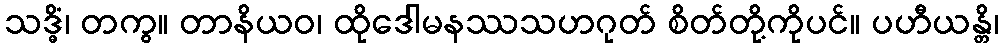
သဒ္ဓိံ၊ တကွ။ တာနိယဝ၊ ထိုဒေါမနဿသဟဂုတ် စိတ်တို့ကိုပင်။ ပဟီယန္တိ၊